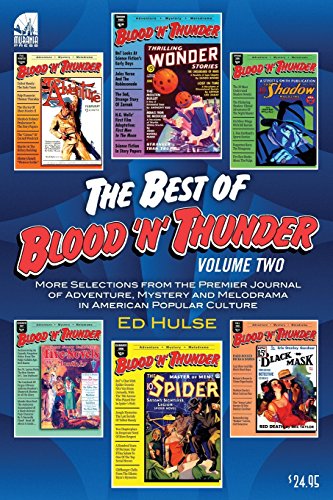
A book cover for The Best of Blood 'n' Thunder: Volume Two; Ed Hulse; Crafts, Hobbies & Home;